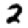
Digit: 2